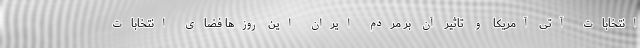
انتخابات آتی آمریکا و تاثیر آن بر مردم ایران این روزها فضای انتخابات